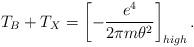
LaTeX: \begin{align*}T_B+T_X= \left [- \frac{e^4}{2 \pi m\theta^2}\right ]_{high}. \end{align*}